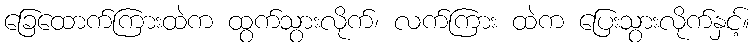
ခြေထောက်ကြားထဲက ထွက်သွားလိုက်၊ လက်ကြား ထဲက ပြေးသွားလိုက်နှင့်။